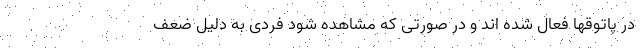
در پاتوقها فعال شده اند و در صورتی که مشاهده شود فردی به دلیل ضعف